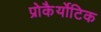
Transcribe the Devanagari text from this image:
प्रोकैर्योटिक